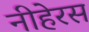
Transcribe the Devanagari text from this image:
नीहेरस